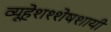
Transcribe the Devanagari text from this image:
व्यूहेशश्शेषशायी